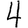
Digit: 4